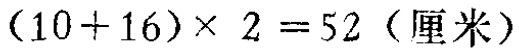
\((10 + 16)\times 2 = 52（\text{厘米}）\)